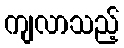
ကျလာသည့်